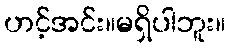
ဟင့်အင်း။မရှိပါဘူး။